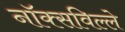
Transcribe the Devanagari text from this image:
नॉक्सविल्ले